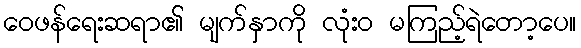
ဝေဖန်ရေးဆရာ၏ မျက်နှာကို လုံးဝ မကြည့်ရဲတော့ပေ။